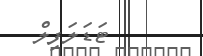
ޓަޑަލަފިލް